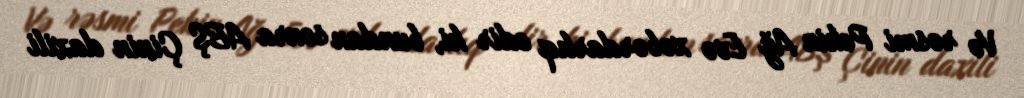
Və rəsmi Pekin Ağ Evə xəbərdarlıq edir ki, bundan sonra ABŞ Çinin daxili